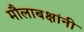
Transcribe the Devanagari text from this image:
मौलाबक्षांनी